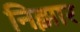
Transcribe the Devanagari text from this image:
निझार